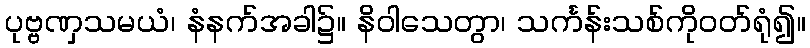
ပုဗ္ဗဏှသမယံ၊ နံနက်အခါ၌။ နိဝါသေတွာ၊ သင်္ကန်းသစ်ကိုဝတ်ရုံ၍။